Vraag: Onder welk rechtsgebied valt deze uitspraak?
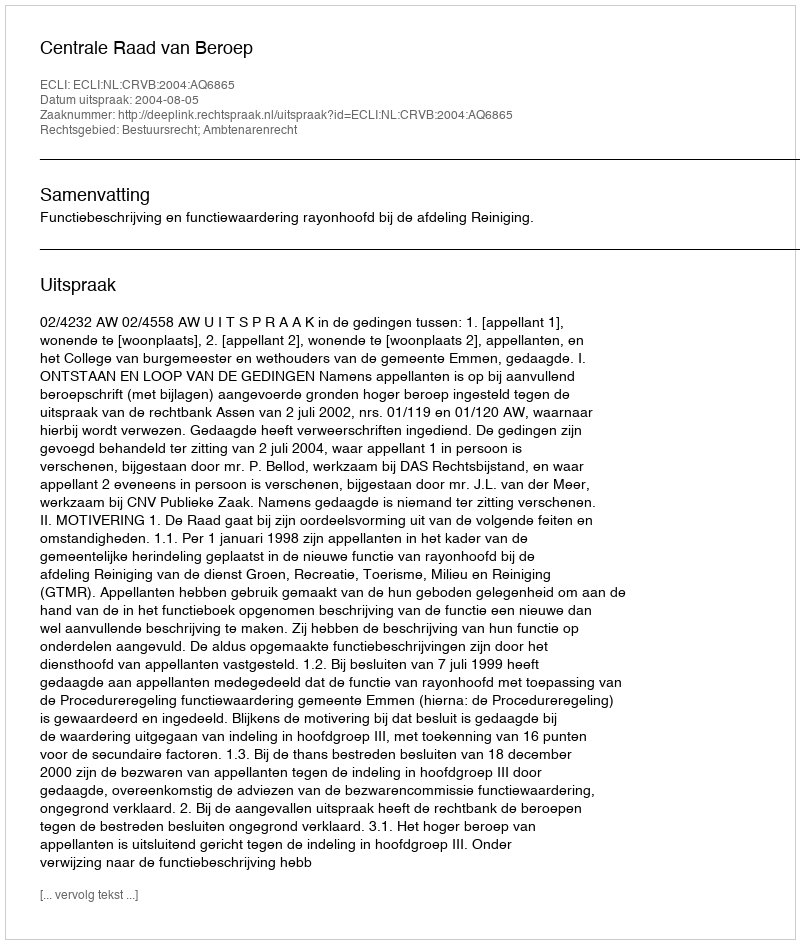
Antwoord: Bestuursrecht; Ambtenarenrecht